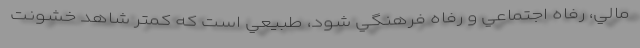
مالي، رفاه اجتماعي و رفاه فرهنگي شود، طبيعي است كه كمتر شاهد خشونت